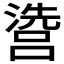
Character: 𱩘